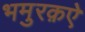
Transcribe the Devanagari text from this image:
भमुरक़ऐ